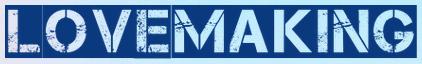
LOVEMAKING